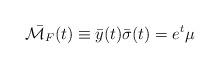
LaTeX: \begin{align*}\bar{{\cal M}_F}(t)\equiv \bar{y}(t) \bar{\sigma}(t)= e^t \mu\end{align*}